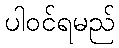
ပါဝင်ရမည်